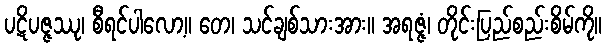
ပဋိပဇ္ဇဿု၊ စီရင်ပါလော့။ တေ၊ သင်ချစ်သားအား။ အရဇ္ဇံ၊ တိုင်းပြည်စည်းစိမ်ကို။